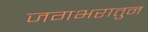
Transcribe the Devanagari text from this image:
जगभरातुन